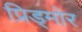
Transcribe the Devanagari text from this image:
प्रिड्मोर